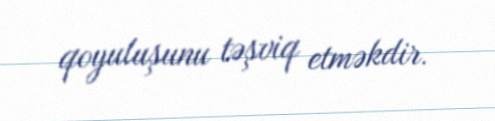
qoyuluşunu təşviq etməkdir.